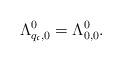
LaTeX: \begin{align*}\Lambda_{q_\mathfrak{c},0}^0=\Lambda_{0,0}^0.\end{align*}